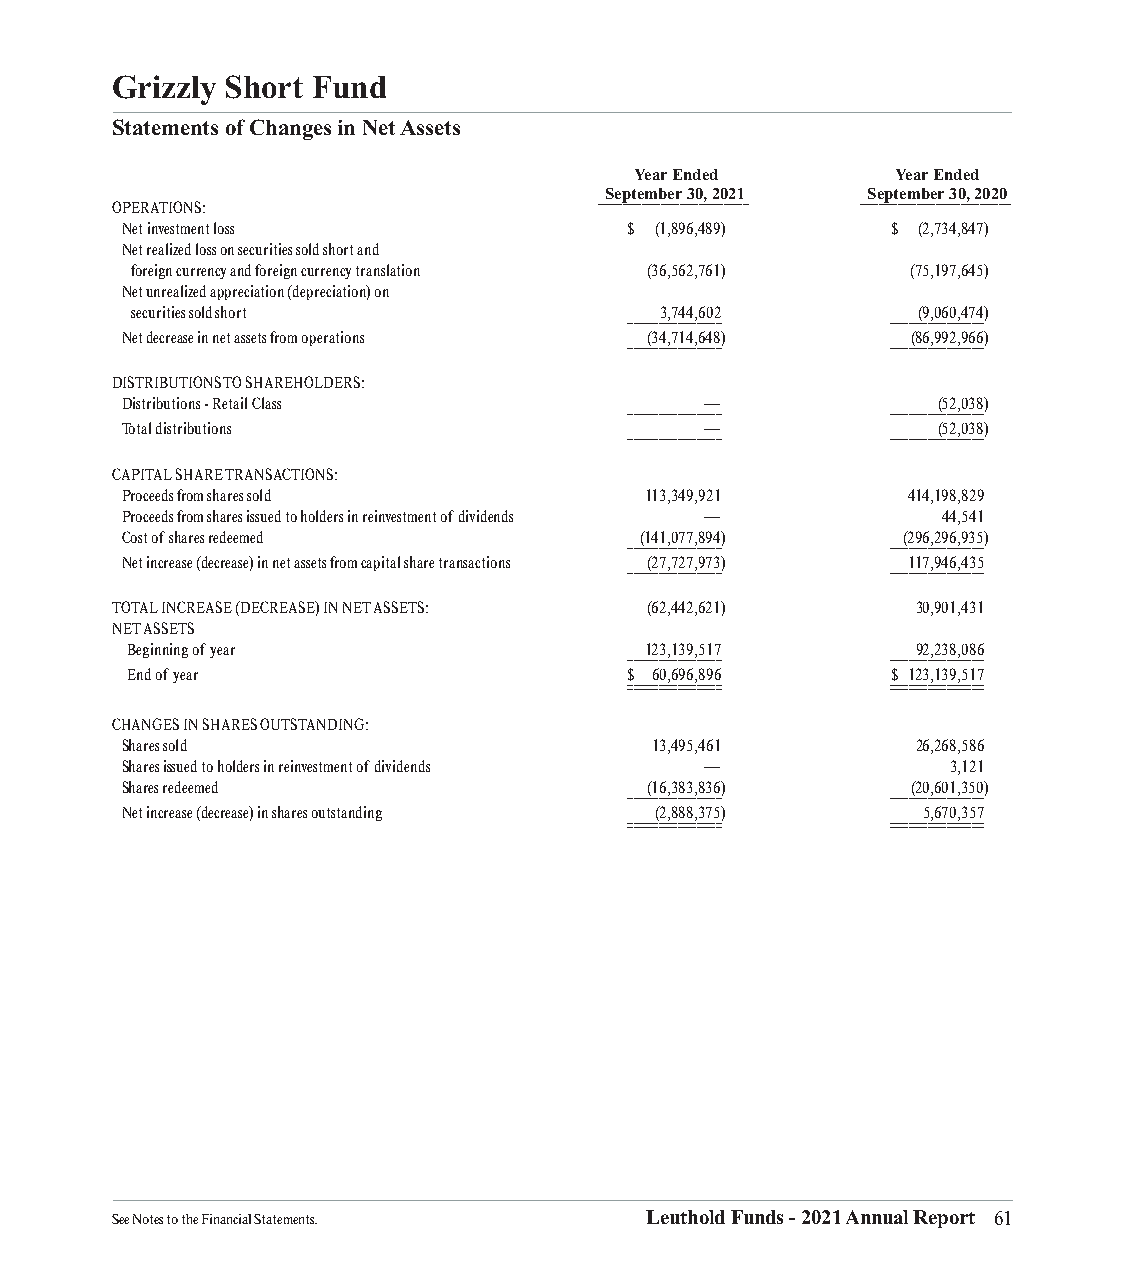
Grizzly Short Fund
 Statements of Changes in Net Assets
 Year Ended       Year Ended
 September 30, 2021 September 30, 2020
 ________________________ ________________________
 OPERATIONS:
 Net investment loss               $ (1,896,489)    $ (2,734,847)
 Net realized loss on securities sold short and
 foreign currency and foreign currency translation (36,562,761) (75,197,645)
 Net unrealized appreciation (depreciation) on
 securities sold short              3,744,602        (9,060,474)
 _______________  _______________
 Net decrease in net assets from operations (34,714,648) (86,992,966)
 _______________  _______________
 DISTRIBUTIONS TO SHAREHOLDERS:
 Distributions - Retail Class           —              (52,038)
 _______________  _______________
 Total distributions                    —              (52,038)
 _______________  _______________
 CAPITAL SHARE TRANSACTIONS:
 Proceeds from shares sold          113,349,921      414,198,829
 Proceeds from shares issued to holders in reinvestment of dividends — 44,541
 Cost of shares redeemed           (141,077,894)     (296,296,935)
 _______________  _______________
 Net increase (decrease) in net assets from capital share transactions (27,727,973) 117,946,435
 _______________  _______________
 TOTAL INCREASE (DECREASE) IN NET ASSETS: (62,442,621) 30,901,431
 NET ASSETS
 Beginning of year                  123,139,517       92,238,086
 _______________  _______________
 End of year                       $ 60,696,896     $ 123,139,517
 ______________________________ ______________________________
 CHANGES IN SHARES OUTSTANDING:
 Shares sold                        13,495,461        26,268,586
 Shares issued to holders in reinvestment of dividends — 3,121
 Shares redeemed                    (16,383,836)     (20,601,350)
 _______________  _______________
 Net increase (decrease) in shares outstanding (2,888,375) 5,670,357
 ______________________________ ______________________________
 See Notes to the Financial Statements. Leuthold Funds - 2021 Annual Report 61